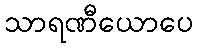
သာရဏီယောပေ